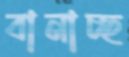
বানাচ্ছ